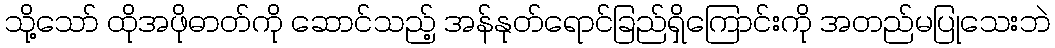
သို့သော် ထိုအဖိုဓာတ်ကို ဆောင်သည့် အန်နုတ်ရောင်ခြည်ရှိကြောင်းကို အတည်မပြုသေးဘဲ